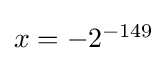
\textstyle x=-2^{-149}